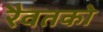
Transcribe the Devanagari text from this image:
रैवतको